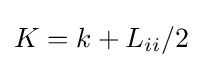
K=k+L_{ii}/2